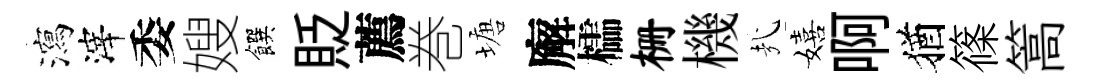
瀉滓委嫂饌貶薦巻塘廨櫺栅機㢤嬉啊猶篠篙